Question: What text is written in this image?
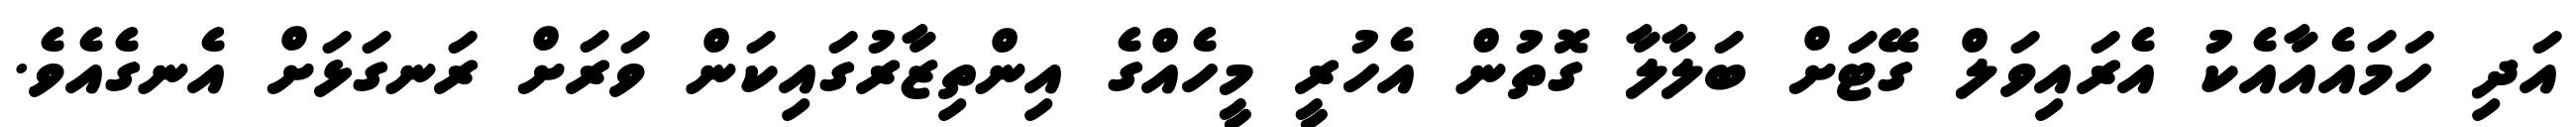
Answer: އަދި ހަމައެއާއެކު އެރައިވަލް ގޭޓަށް ބަލާލާ ގޮތުން އެހުރީ މީހެއްގެ އިންތިޒާރުގައިކަން ވަރަށް ރަނގަޅަށް އެނގެއެވެ.